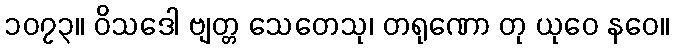
၁၀၇၃။ ဝိသဒေါ ဗျတ္တ သေတေသု၊ တရုဏော တု ယုဝေ နဝေ။